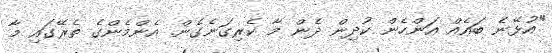
"އުޅޭނެ ބައެއް އަންހެން ކުދިން ދެން މާ ކެރިގަނެގެން. އެންމެންގެ ތެރޭގައި މާ